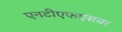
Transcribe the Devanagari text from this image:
एनटीएफएसवर